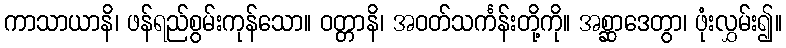
ကာသာယာနိ၊ ဖန်ရည်စွမ်းကုန်သော။ ဝတ္တာနိ၊ အဝတ်သင်္ကန်းတို့ကို။ အစ္ဆာဒေတွာ၊ ဖုံးလွှမ်း၍။